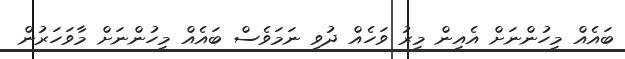
ބައެއް މީހުންނަށް އެއިން މީރު ވަހެއް ދުވި ނަމަވެސް ބައެއް މީހުންނަށް މާވަހަރުން